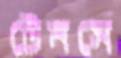
টেনসে